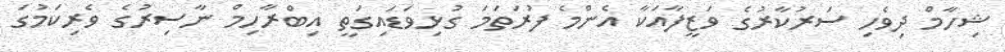
ޝިހާމް ދިވެހި ސަރުކާރުގެ ވަޒީފާއަކާ އެންމެ ފުރަތަމަ ގުޅިވަޑައިގަތީ އިބްރާހިމް ނާސިރުގެ ވެރިކަމުގަ